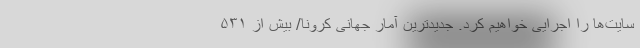
سایت‌ها را اجرایی خواهیم کرد. جدیدترین آمار جهانی کرونا/ بیش از ۵۳۱